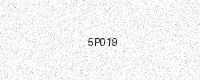
Text: 5P019